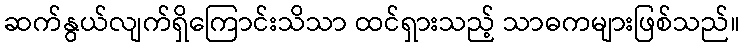
ဆက်နွယ်လျက်ရှိကြောင်းသိသာ ထင်ရှားသည့် သာဓကများဖြစ်သည်။